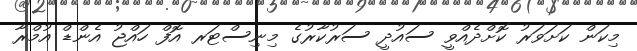
މިކަން ކަށަވަރު ކޮށްދެއްވީ ސައުދީ ސަރުކާރުގެ މިނިސްޓަރ އޮފް ހައްޖު އެންޑް އުމްރާ